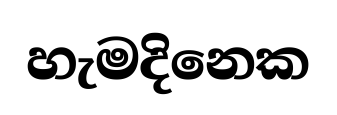
හැමදිනෙක